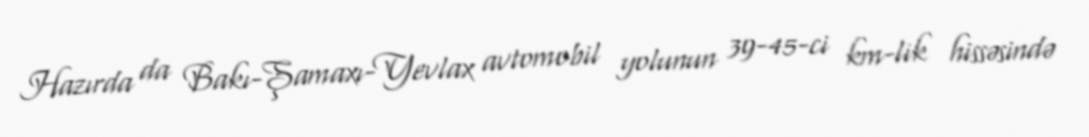
Hazırda da Bakı-Şamaxı-Yevlax avtomobil yolunun 39-45-ci km-lik hissəsində